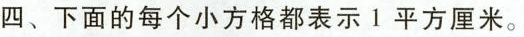
四、下面的每个小方格都表示1平方厘米。